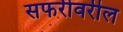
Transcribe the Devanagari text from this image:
सफरीवरील